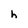
Character: h